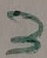
Text: 3